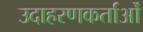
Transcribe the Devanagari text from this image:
उदाहरणकर्ताओं